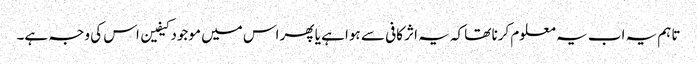
تاہم یہ اب یہ معلوم کرنا تھا کہ یہ اثر کافی سے ہوا ہے یا پھر اس میں موجود کیفین اس کی وجہ ہے۔